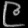
Digit: ၉